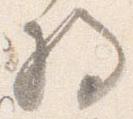
将